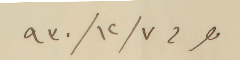
مصر فى ٧/ ١٢/ ٩٣٠